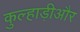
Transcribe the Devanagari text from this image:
कुल्हाड़ीऔर